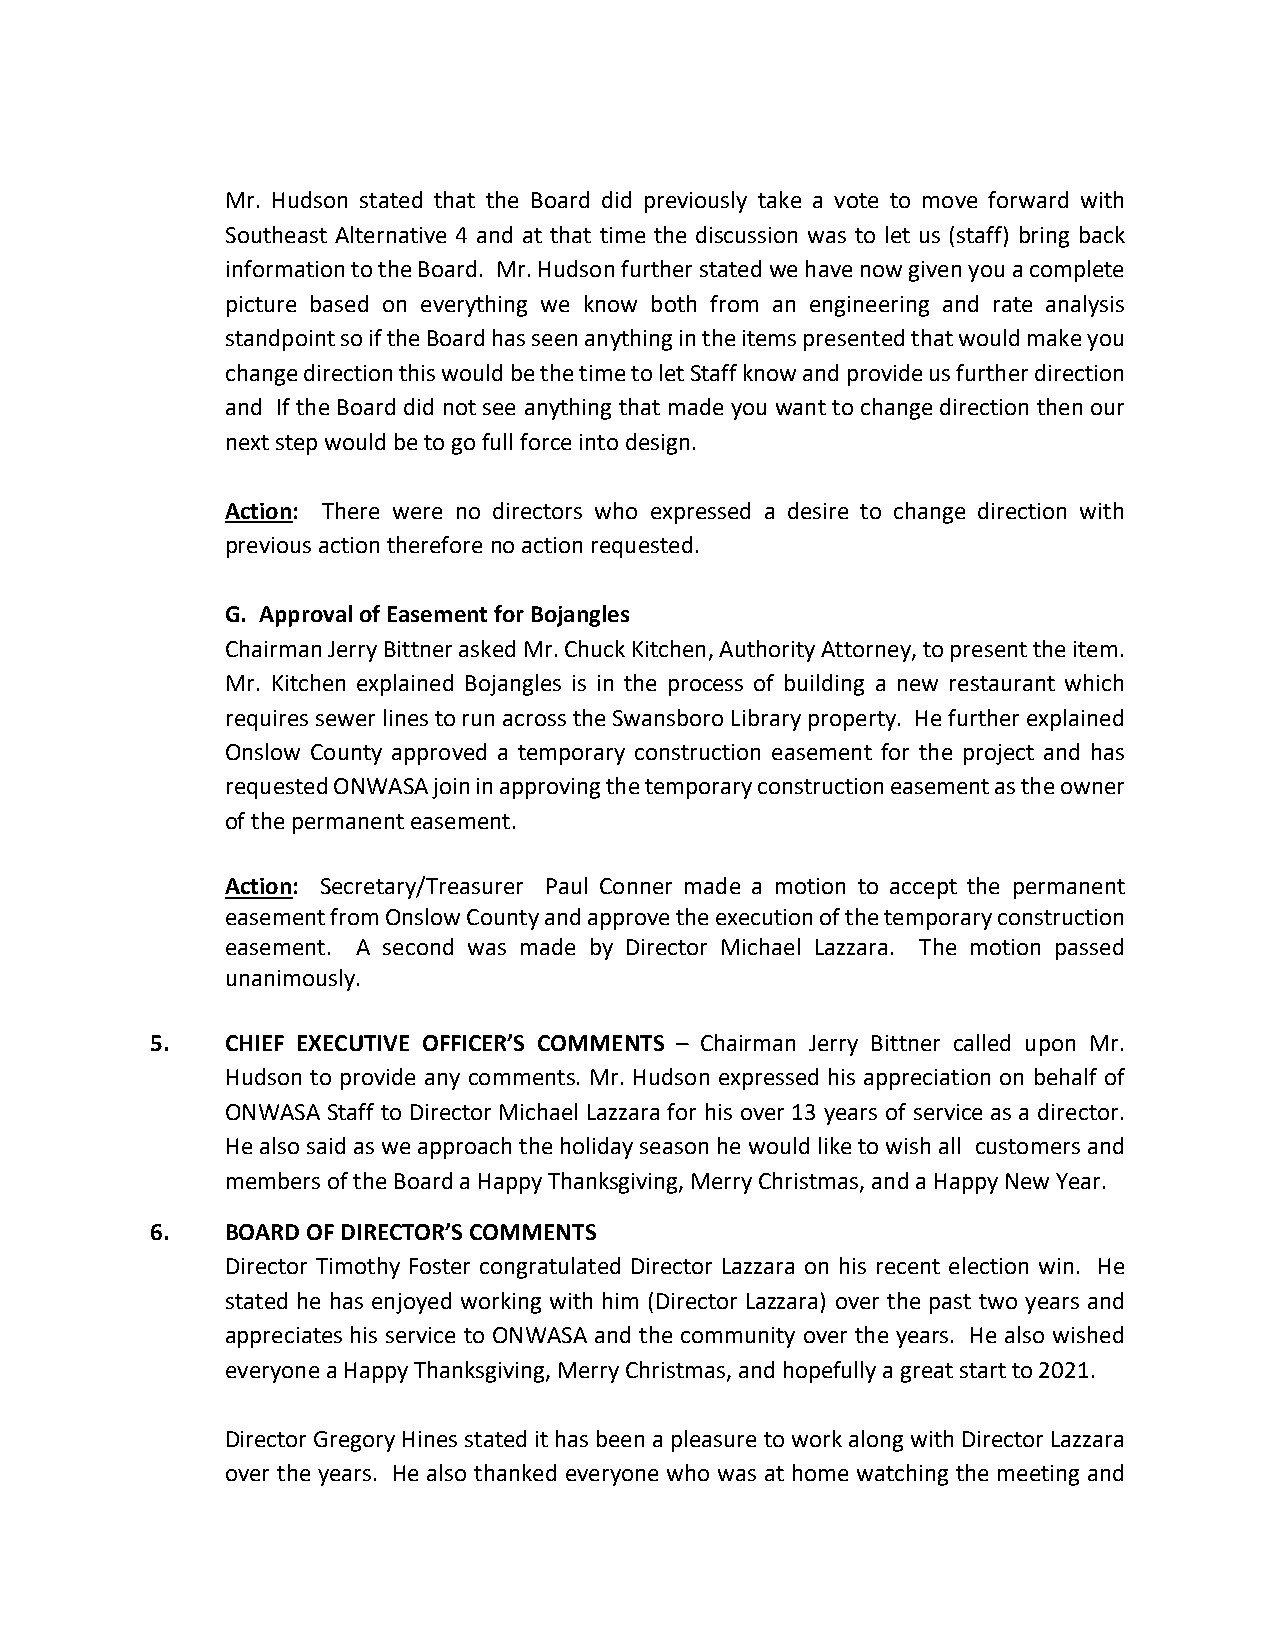
Mr. Hudson stated that the Board did previously take a vote to move forward with
 Southeast Alternative 4 and at that time the discussion was to let us (staff) bring back
 information to the Board. Mr. Hudson further stated we have now given you a complete
 picture based on everything we know both from an engineering and rate analysis
 standpoint so if the Board has seen anything in the items presented that would make you
 change direction this would be the time to let Staff know and provide us further direction
 and If the Board did not see anything that made you want to change direction then our
 next step would be to go full force into design.
 Action: There were no directors who expressed a desire to change direction with
 previous action therefore no action requested.
 G. Approval of Easement for Bojangles
 Chairman Jerry Bittner asked Mr. Chuck Kitchen, Authority Attorney, to present the item.
 Mr. Kitchen explained Bojangles is in the process of building a new restaurant which
 requires sewer lines to run across the Swansboro Library property. He further explained
 Onslow County approved a temporary construction easement for the project and has
 requested ONWASA join in approving the temporary construction easement as the owner
 of the permanent easement.
 Action: Secretary/Treasurer Paul Conner made a motion to accept the permanent
 easement from Onslow County and approve the execution of the temporary construction
 easement. A second was made by Director Michael Lazzara. The motion passed
 unanimously.
 5.   CHIEF EXECUTIVE OFFICER’S COMMENTS – Chairman Jerry Bittner called upon Mr.
 Hudson to provide any comments. Mr. Hudson expressed his appreciation on behalf of
 ONWASA Staff to Director Michael Lazzara for his over 13 years of service as a director.
 He also said as we approach the holiday season he would like to wish all customers and
 members of the Board a Happy Thanksgiving, Merry Christmas, and a Happy New Year.
 6.   BOARD OF DIRECTOR’S COMMENTS
 Director Timothy Foster congratulated Director Lazzara on his recent election win. He
 stated he has enjoyed working with him (Director Lazzara) over the past two years and
 appreciates his service to ONWASA and the community over the years. He also wished
 everyone a Happy Thanksgiving, Merry Christmas, and hopefully a great start to 2021.
 Director Gregory Hines stated it has been a pleasure to work along with Director Lazzara
 over the years. He also thanked everyone who was at home watching the meeting and